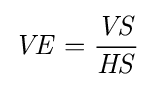
{\mathit {VE}}={\mathit {\frac {VS}{HS}}}